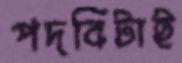
পদবিটাই